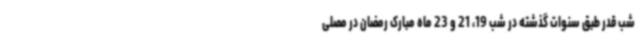
شب قدر طبق سنوات گذشته در شب 19، 21 و 23 ماه مبارک رمضان در مصلی